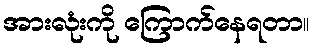
အားလုံးကို ကြောက်နေရတာ။